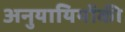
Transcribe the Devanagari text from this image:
अनुयायियोंकी